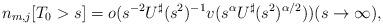
LaTeX: \begin{align*}n_{m,j}[T_0 > s ] = o(s^{-2}U^{\sharp}(s^2)^{-1}v(s^{\alpha}U^{\sharp}(s^2)^{\alpha/2})) (s \to \infty), \end{align*}